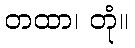
တထာ၊ တုံ။